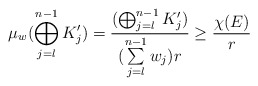
\begin{align*}\mu_w (\bigoplus_{j = l}^{n-1} K_j') = \frac{(\bigoplus_{j = l}^{n-1} K_j')}{(\sum\limits_{j=l}^{n-1} w_j)r} \geq \frac{\chi(E)}{r}\end{align*}